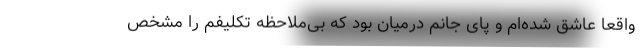
واقعاً عاشق شده‌ام و پای جانم درمیان بود که بی‌ملاحظه تکلیفم را مشخص